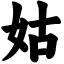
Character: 姑